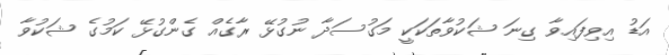
އަޑު އިވިފައިވާ ގިނަ ޝަކުވާތަކަކީ މަގުސަދާ ނުގުޅޭ ރާގެއް ގެންގުޅޭ ކަމުގެ ޝަކުވާ